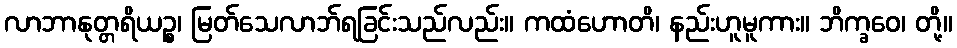
လာဘာနုတ္တရိယဉ္စ၊ မြတ်သေလာဘ်ရခြင်းသည်လည်း။ ကထံဟောတိ၊ နည်းဟူမူကား။ ဘိက္ခဝေ၊ တို့။